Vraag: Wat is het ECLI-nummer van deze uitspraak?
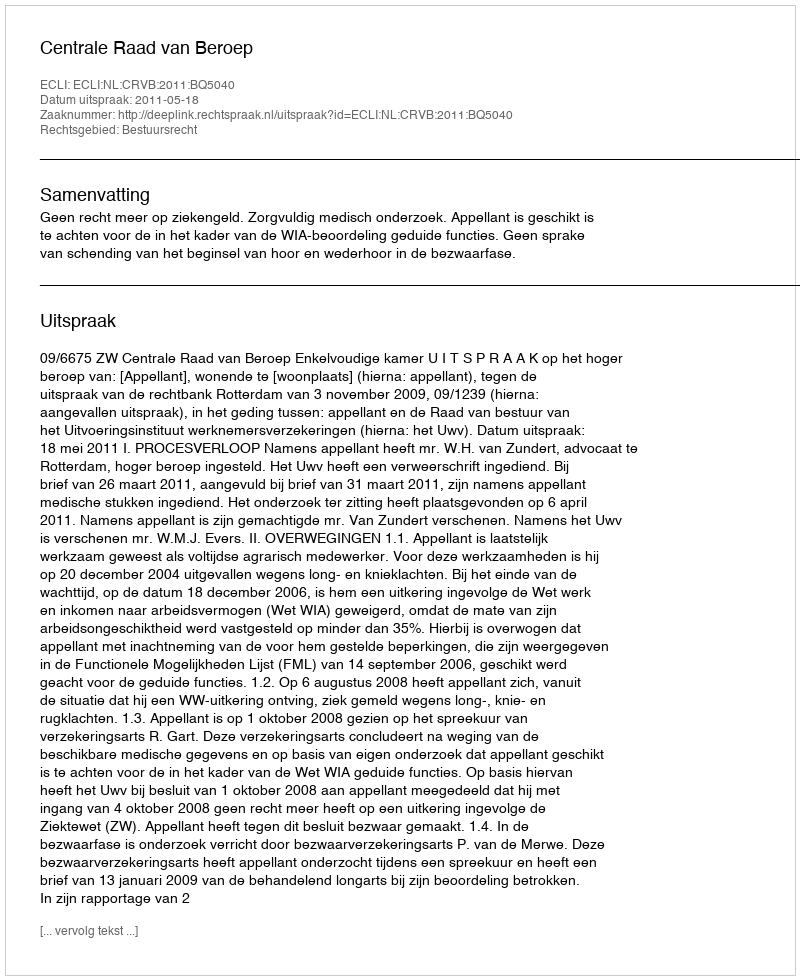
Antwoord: ECLI:NL:CRVB:2011:BQ5040